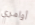
أوامري